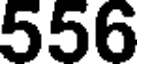
556